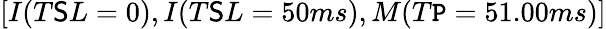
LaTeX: [I(T\mathsf{S}L=0),I(T\mathsf{S}L=50ms),M(T\mathtt{P}=51.00ms)]